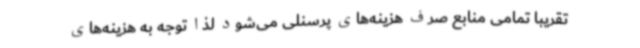
تقریباً تمامی منابع صرف هزینه‌های پرسنلی می‌شود لذا توجه به هزینه‌های